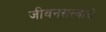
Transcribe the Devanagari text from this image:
जीवनसत्त्वाचे